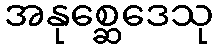
အနုစ္ဆေဒေသု